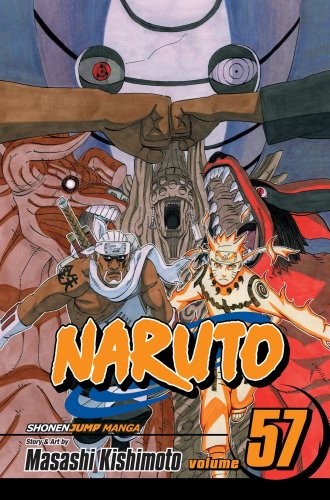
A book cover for Naruto, Vol. 57: Battle; Masashi Kishimoto; Teen & Young Adult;